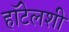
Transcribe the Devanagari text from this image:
हॉटेलशी